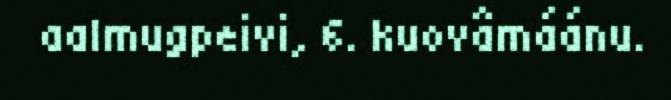
aalmugpeivi, 6. kuovâmáánu.